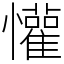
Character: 懽